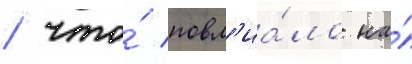
/ что́ повл'иа́ло на́